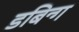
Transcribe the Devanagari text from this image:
डबिन्ग